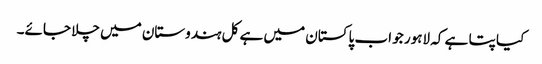
کیا پتا ہے کہ لاہور جو اب پاکستان میں ہے کل ہندوستان میں چلا جائے۔